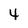
Character: 4